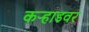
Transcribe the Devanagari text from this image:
कऱ्हाडवर